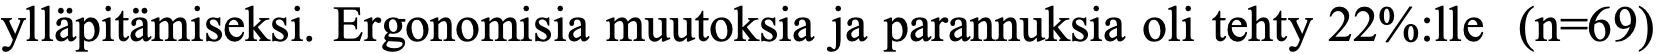
ylläpitämiseksi. Ergonomisia muutoksia ja parannuksia oli tehty 22%:lle (n=69)